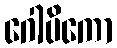
ဂေါပိကော